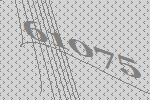
61075